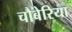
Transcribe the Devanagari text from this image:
चौबेरिया